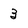
Character: 3